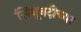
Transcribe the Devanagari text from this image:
सिधूनदीच्या